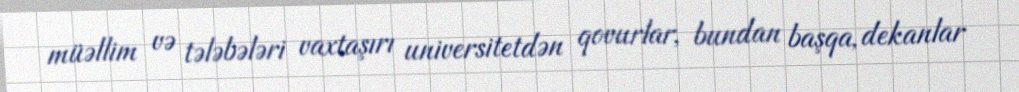
müəllim və tələbələri vaxtaşırı universitetdən qovurlar, bundan başqa, dekanlar